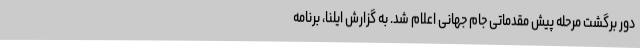
دور برگشت مرحله پیش مقدماتی جام جهانی اعلام شد. به گزارش ایلنا، برنامه